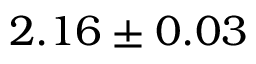
2 . 1 6 \pm 0 . 0 3